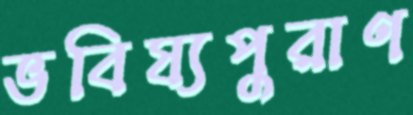
ভবিষ্যপুরাণ